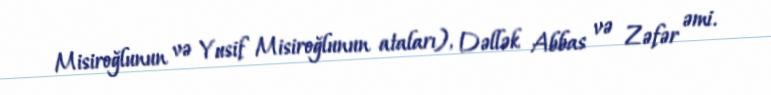
Misiroğlunun və Yusif Misiroğlunun ataları), Dəllək Abbas və Zəfər əmi.